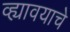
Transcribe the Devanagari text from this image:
व्ह्यावयाचे